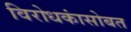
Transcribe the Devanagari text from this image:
विरोधकांसोबत